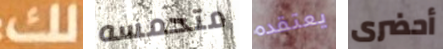
لك متحمسه يعتقده أحضرى